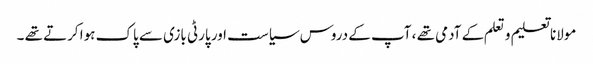
مولانا تعلیم و تعلم کے آدمی تھے ، آپ کے دروس سیاست اور پارٹی بازی سے پاک ہوا کرتے تھے ۔